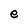
Character: e